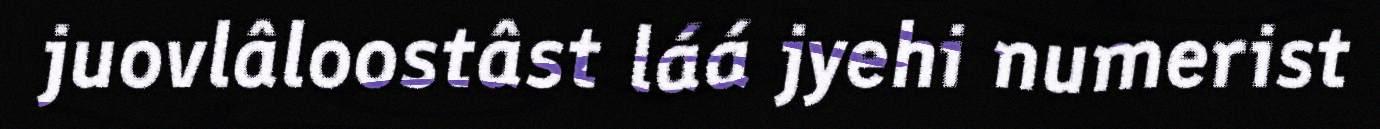
juovlâloostâst láá jyehi numerist